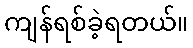
ကျန်ရစ်ခဲ့ရတယ်။